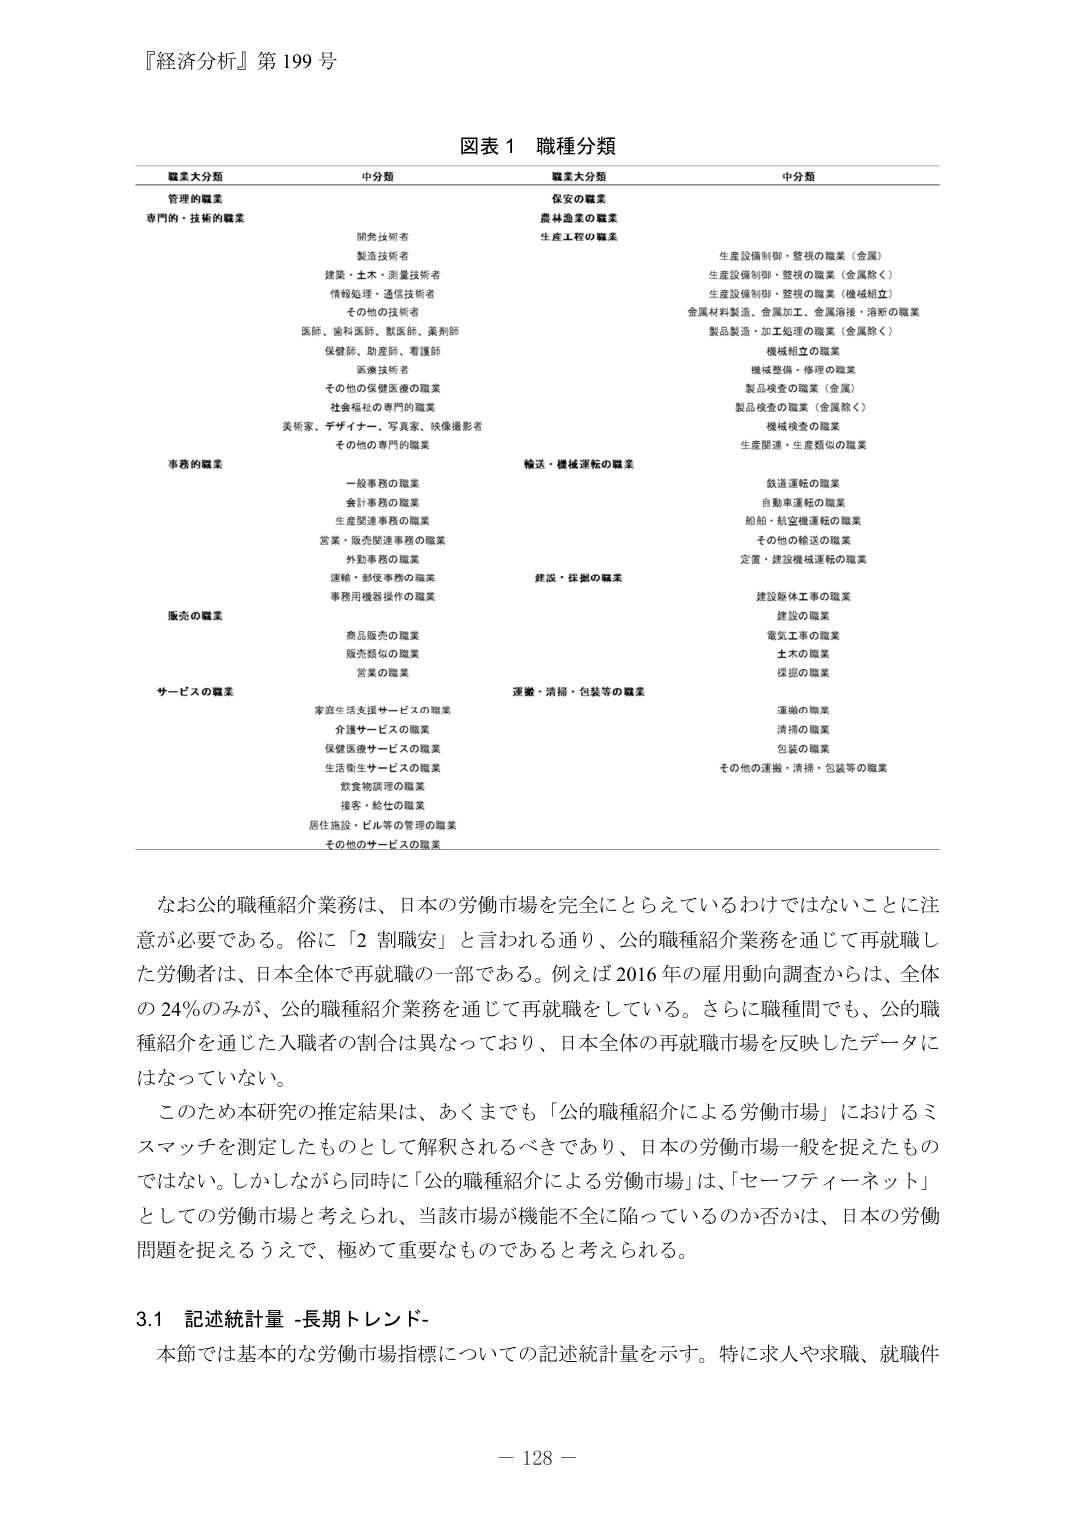
『経済分析』第199号

図表1 職種分類

職業大分類